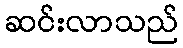
ဆင်းလာသည်